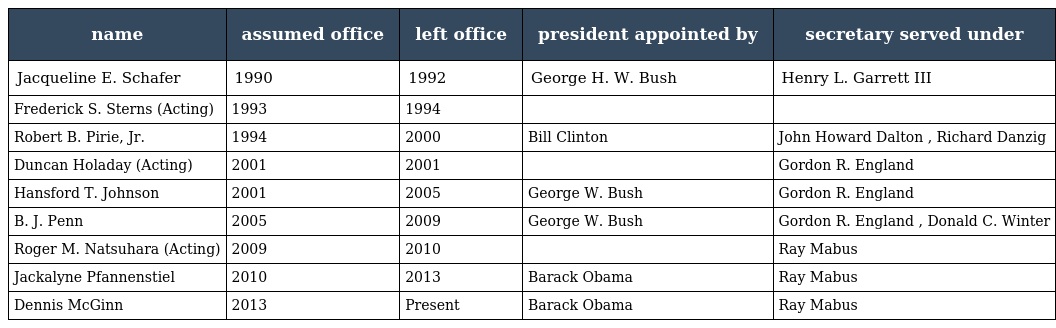
| name | assumed office | left office | president appointed by | secretary served under |
 | --- | --- | --- | --- | --- |
 | Jacqueline E. Schafer | 1990 | 1992 | George H. W. Bush | Henry L. Garrett III |
 | Frederick S. Sterns (Acting) | 1993 | 1994 |  |  |
 | Robert B. Pirie, Jr. | 1994 | 2000 | Bill Clinton | John Howard Dalton , Richard Danzig |
 | Duncan Holaday (Acting) | 2001 | 2001 |  | Gordon R. England |
 | Hansford T. Johnson | 2001 | 2005 | George W. Bush | Gordon R. England |
 | B. J. Penn | 2005 | 2009 | George W. Bush | Gordon R. England , Donald C. Winter |
 | Roger M. Natsuhara (Acting) | 2009 | 2010 |  | Ray Mabus |
 | Jackalyne Pfannenstiel | 2010 | 2013 | Barack Obama | Ray Mabus |
 | Dennis McGinn | 2013 | Present | Barack Obama | Ray Mabus |